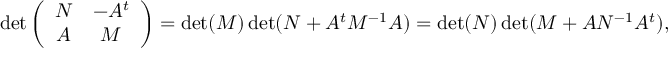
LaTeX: \operatorname * { d e t } \left( \begin{array} { c c } { { N } } & { { - A ^ { t } } } \\ { { A } } & { { M } } \end{array} \right) = \operatorname * { d e t } ( M ) \operatorname * { d e t } ( N + A ^ { t } M ^ { - 1 } A ) = \operatorname * { d e t } ( N ) \operatorname * { d e t } ( M + A N ^ { - 1 } A ^ { t } ) ,